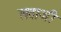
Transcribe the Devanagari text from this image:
लताजी